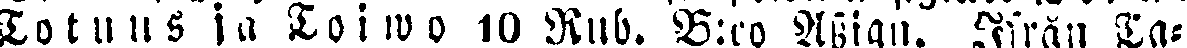
Totuus ja Toiwo 10 Rub. B:ro Assign. Ifrån Ta-